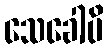
သေခေါပိ